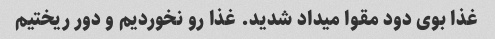
غذا بوی دود مقوا میداد شدید. غذا رو نخوردیم و دور ریختیم